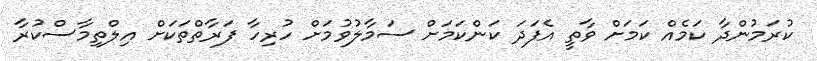
ކުރަމުންދާ ކަމެއް ކަމަށް ވާތީ އެފަދަ ކަންކަމަށް ސަމާލުވުމަށް ހުރިހާ ފަރާތްތަކަށް އިލްތިމާސްކުރާ